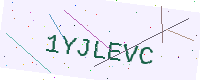
Text: 1YJLEVC